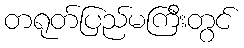
တရုတ်ပြည်မကြီးတွင်